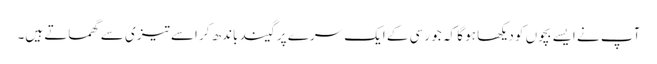
آپ نے ایسے بچوں کو دیکھا ہو گا کہ جو رسی کے ایک سرے پر گیند باندھ کر اسے تیزی سے گھماتے ہیں۔